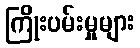
ကြိုးပမ်းမှုများ